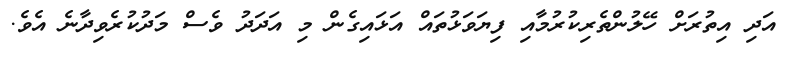
އަދި އިތުރަށް ހޭލުންތެރިކުރުމާއި ފިޔަވަޅުތައް އަޅައިގެން މި އަދަދު ވެސް މަދުކުރެވިދާނެ އެވެ.